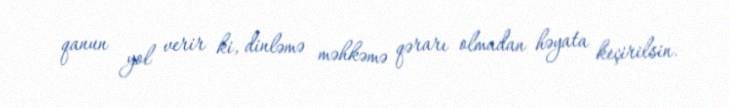
qanun yol verir ki, dinləmə məhkəmə qərarı olmadan həyata keçirilsin.